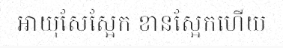
អាយុសែស្អែក ខានស្អែកហើយ